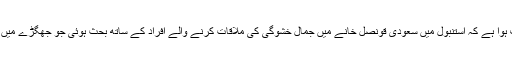
شیخ سعود المجیب نے کہاکہ ’ ابتدائی تفتیش میں انکشاف ہوا ہے کہ استنبول میں سعودی قونصل خانے میں جمال خشوگی کی ملاقات کرنے والے افراد کے ساتھ بحث ہوئی جو جھگڑے میں بدل گئی او رشہری کے ساتھ لڑائی میں وہ مارے گئے۔